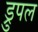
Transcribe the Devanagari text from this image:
ड्रुपल